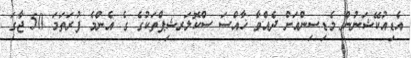
އެޑިއުކޭޝަނުން މެޑިސިންއަށް ދެއްވާ ޚާއްސަ ސްކޮލަރޝިޕްތަކުގެ ގެ އެންމެ ފުރަތަމަ 50 ޖާގަ